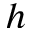
h